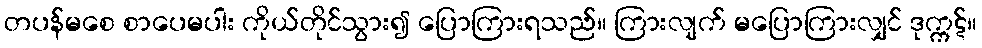
တပန်မစေ စာပေမပါး ကိုယ်တိုင်သွား၍ ပြောကြားရသည်။ ကြားလျက် မပြောကြားလျှင် ဒုက္ကဋ်။